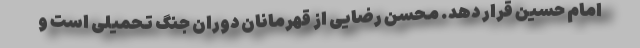
امام حسین قرار دهد. محسن رضایی از قهرمانان دوران جنگ تحمیلی است و